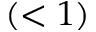
( < 1 )